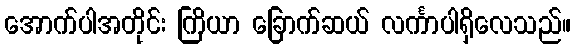
အောက်ပါအတိုင်း ကြိယာ ခြောက်ဆယ် လင်္ကာပါရှိလေသည်။